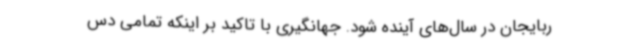
ربایجان در سال‌های آینده شود. جهانگیری با تاکید بر اینکه تمامی دس